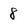
Character: 8